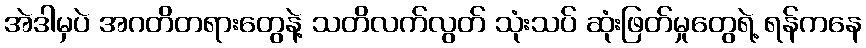
အဲဒါမှပဲ အဂတိတရားတွေနဲ့ သတိလက်လွတ် သုံးသပ် ဆုံးဖြတ်မှုတွေရဲ့ ရန်ကနေ